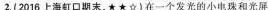
2.(2016上海虹口期末，*★☆)在一个发光的小电珠和光屏